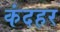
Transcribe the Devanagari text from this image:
कंदहर